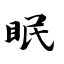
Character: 眠